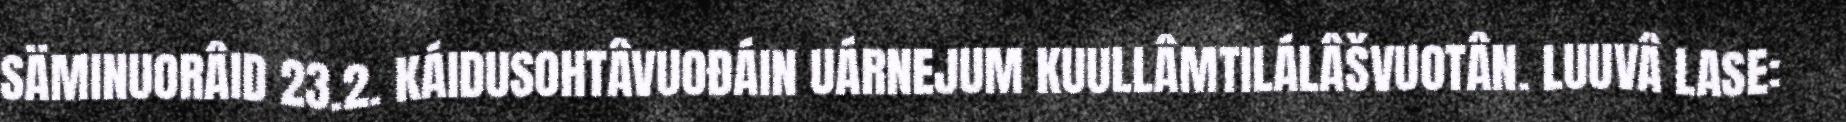
SÄMINUORÂID 23.2. KÁIDUSOHTÂVUOĐÁIN UÁRNEJUM KUULLÂMTILÁLÂŠVUOTÂN. LUUVÂ LASE: